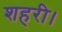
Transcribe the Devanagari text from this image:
शहरी।